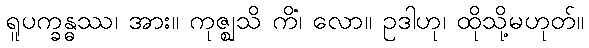
ရူပက္ခန္ဓဿ၊ အား။ ကုဇ္ဈသိ ကိံ၊ လော။ ဥဒါဟု၊ ထိုသို့မဟုတ်။